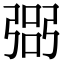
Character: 𢐆